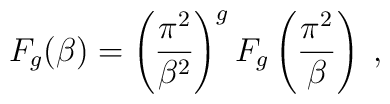
F_{g}(\beta)=\left(\frac{\pi^{2}}{\beta^{2}}\right)^{g}F_{g}\left(\frac{\pi^{2}}{\beta}\right)\;,